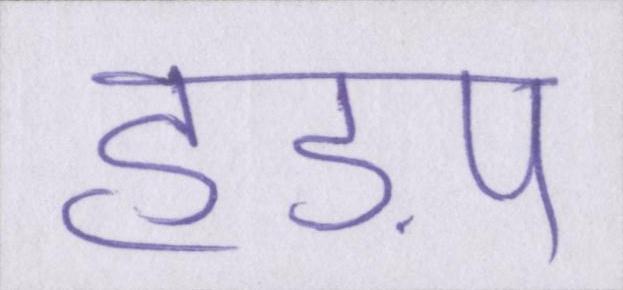
हड़प